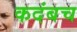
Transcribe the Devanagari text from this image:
कदंबच